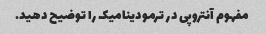
مفهوم آنتروپی در ترمودینامیک را توضیح دهید.